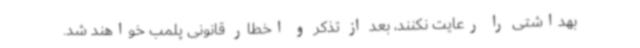
بهداشتی را رعایت نکنند، بعد از تذکر و اخطار قانونی پلمب خواهند شد.